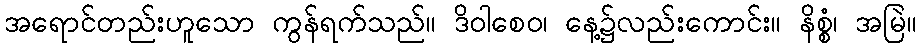
အရောင်တည်းဟူသော ကွန်ရက်သည်။ ဒိဝါစေဝ၊ နေ့၌လည်းကောင်း။ နိစ္စံ၊ အမြဲ။